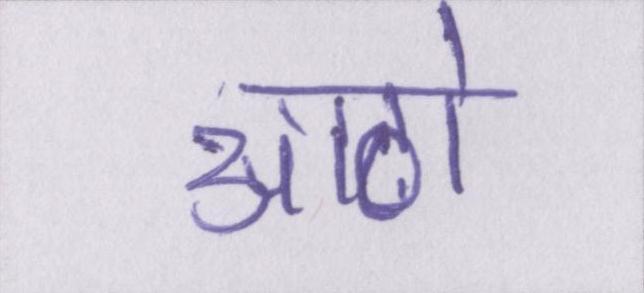
आठो